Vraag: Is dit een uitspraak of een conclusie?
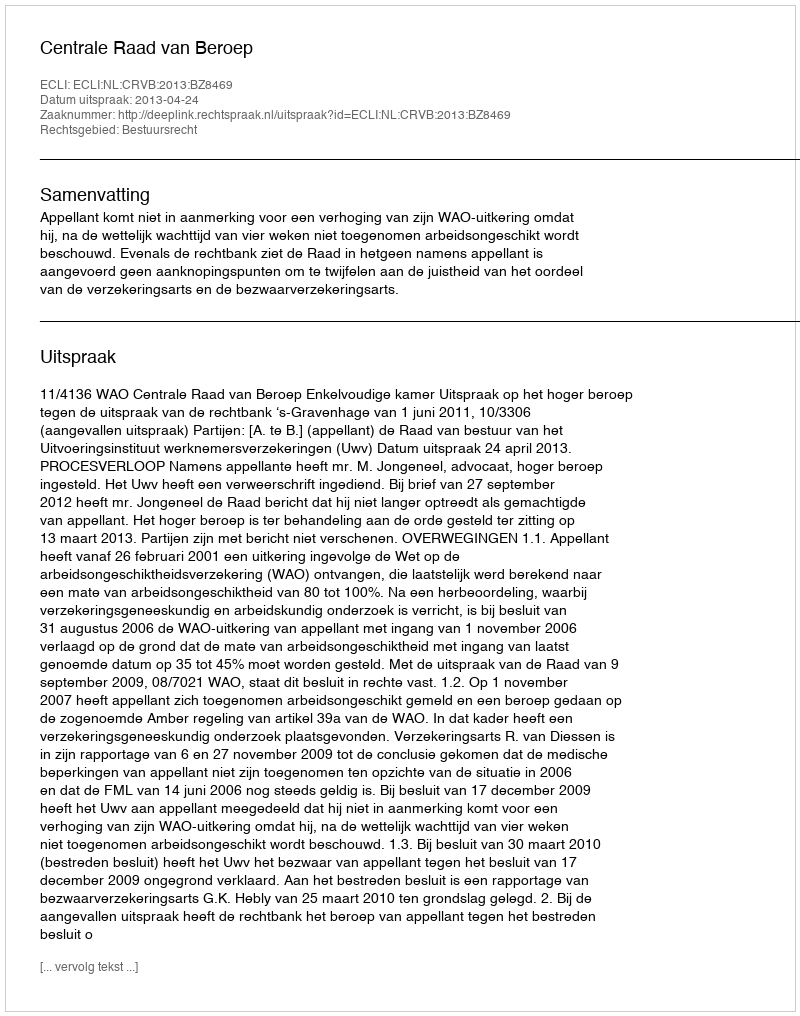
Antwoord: Uitspraak